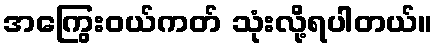
အကြွေးဝယ်ကတ် သုံးလို့ရပါတယ်။